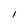
Character: I